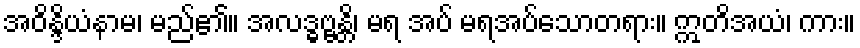
အဝိန္ဒိယံနာမ၊ မည်၏။ အလဒ္ဓဗ္ဗန္တိ၊ မရ အပ် မရအပ်သောတရား။ ဣတိအယံ၊ ကား။